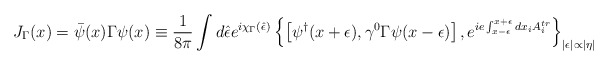
\begin{align*}J_\Gamma(x)=\bar\psi(x)\Gamma\psi(x)\equiv \frac{1}{8\pi}\int d\hat\epsilon e^{i\chi_\Gamma(\hat\epsilon)}\left\{\left[\psi^\dagger(x+\epsilon),\gamma^0\Gamma\psi(x-\epsilon)\right],e^{ie\int_{x-\epsilon}^{x+\epsilon}dx_iA_i^{tr}}\right\}_{|\epsilon|\propto|\eta|}\end{align*}